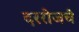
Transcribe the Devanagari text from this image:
दररोजचे